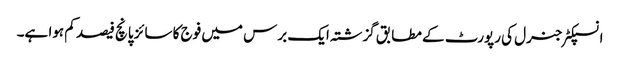
انسپکٹر جنرل کی رپورٹ کے مطابق گزشتہ ایک برس میں فوج کا سائز پانچ فیصد کم ہوا ہے۔